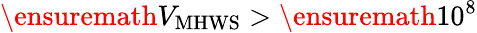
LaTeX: \ensuremath{V_{\mathrm{MHWS}}}>{\ensuremath 10^{8}}